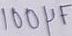
Text: 100µF